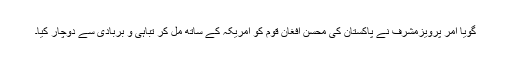
گویا آمر پرویزمشرف نے پاکستان کی محسن افغان قوم کو امریکہ کے ساتھ مل کر تباہی و بربادی سے دوچار کیا۔